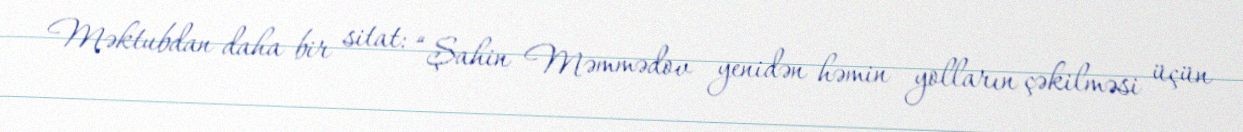
Məktubdan daha bir sitat: “Şahin Məmmədov yenidən həmin yolların çəkilməsi üçün